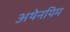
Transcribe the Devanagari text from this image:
अथेनयिम